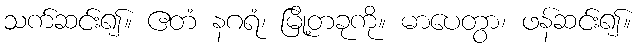
သက်ဆင်း၍။ ဧတံ နဂရံ၊ မြို့တခုကို။ မာပေတွာ၊ ဖန်ဆင်း၍။